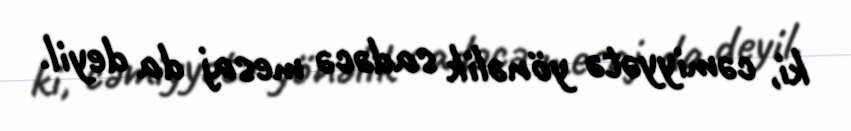
ki, cəmiyyətə yönəlik sadəcə mesaj da deyil.